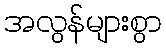
အလွန်များစွာ